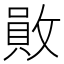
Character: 𢿃